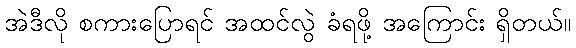
အဲဒီလို စကားပြောရင် အထင်လွဲ ခံရဖို့ အကြောင်း ရှိတယ်။